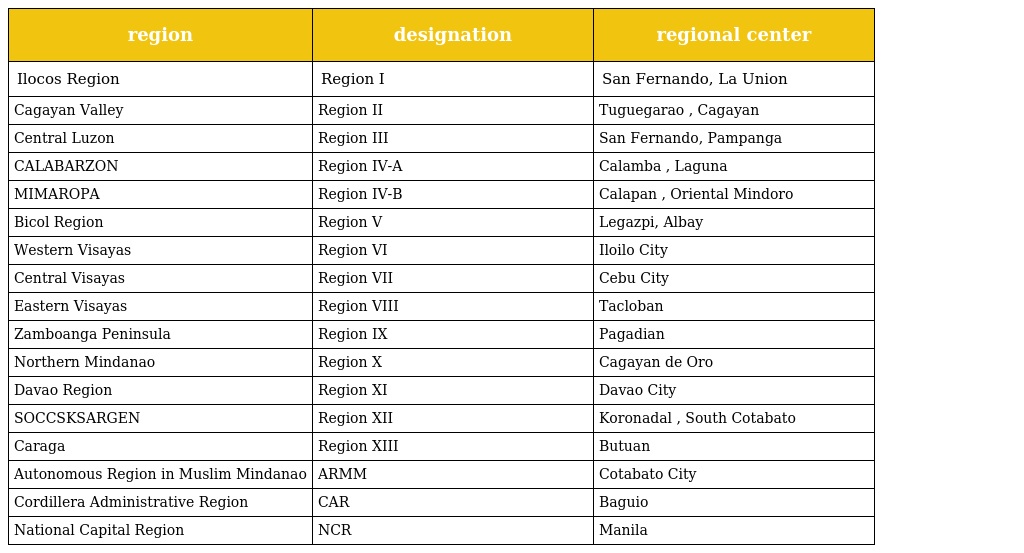
| region | designation | regional center |
 | --- | --- | --- |
 | Ilocos Region | Region I | San Fernando, La Union |
 | Cagayan Valley | Region II | Tuguegarao , Cagayan |
 | Central Luzon | Region III | San Fernando, Pampanga |
 | CALABARZON | Region IV-A | Calamba , Laguna |
 | MIMAROPA | Region IV-B | Calapan , Oriental Mindoro |
 | Bicol Region | Region V | Legazpi, Albay |
 | Western Visayas | Region VI | Iloilo City |
 | Central Visayas | Region VII | Cebu City |
 | Eastern Visayas | Region VIII | Tacloban |
 | Zamboanga Peninsula | Region IX | Pagadian |
 | Northern Mindanao | Region X | Cagayan de Oro |
 | Davao Region | Region XI | Davao City |
 | SOCCSKSARGEN | Region XII | Koronadal , South Cotabato |
 | Caraga | Region XIII | Butuan |
 | Autonomous Region in Muslim Mindanao | ARMM | Cotabato City |
 | Cordillera Administrative Region | CAR | Baguio |
 | National Capital Region | NCR | Manila |